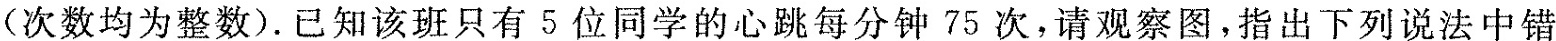
(次数均为整数).已知该班只有5位同学的心跳每分钟75次，请观察图，指出下列说法中错